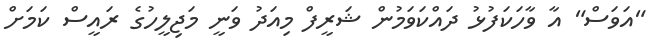
"އަވަސް" އާ ވާހަކަފުޅު ދައްކަވަމުން ޝަރީފް މިއަދު ވަނީ މަޖިލީހުގެ ރައީސް ކަމަށް